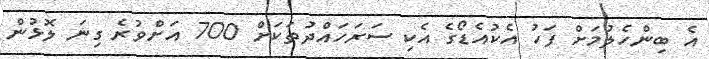
އެ ބިންހެލުމަށް ފަހު އެކުއެޑޯގެ އެކި ސަރަހައްދުތަކަށް 700 އަށްވުރެ ގިނަ ލޮޅުން